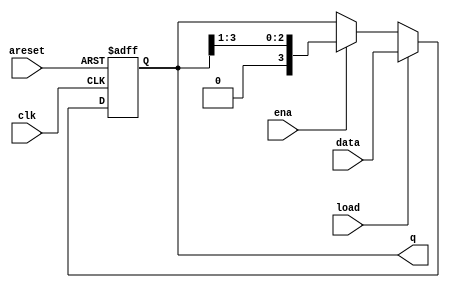
`timescale 1ns / 1ps
//////////////////////////////////////////////////////////////////////////////////
// Company: 
// Engineer: 
// 
// Design Name: 
// Module Name: Shift4
// Project Name: 
// Target Devices: 
// Tool Versions: 
// Description: 
// 
// Dependencies: 
// 
// Revision:
// Revision 0.01 - File Created
// Additional Comments:
// 
//////////////////////////////////////////////////////////////////////////////////


module Shift4(
    input clk,
    input areset,  // async active-high reset to zero
    input load,
    input ena,
    input [3:0] data,
    output reg [3:0] q
    );
	
	always@(posedge clk or posedge areset) begin

		if(areset) begin
			q<=4'b0;
		end
		else if(load) begin
			q<=data;	
		end	
        else if(ena) begin
			q<={1'b0,q[3:1]};
		end
	end
	
endmodule